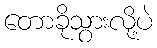
တောခိုသွားလို့ပဲ